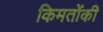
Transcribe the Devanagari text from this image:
किमतोंकी